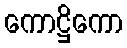
ကောဋ္ဌိကော